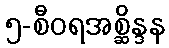
၅-စီဝရအစ္ဆိန္ဒန